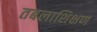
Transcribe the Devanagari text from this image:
तबलाशिक्षण